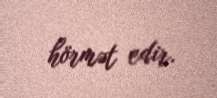
hörmət edir.